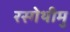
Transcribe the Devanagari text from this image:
रस्गेथीमु